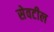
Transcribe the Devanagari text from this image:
सेवटील